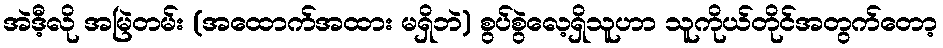
အဲဒီ့လို အမြဲတမ်း (အထောက်အထား မရှိဘဲ) စွပ်စွဲလေ့ရှိသူဟာ သူကိုယ်တိုင်အတွက်တော့